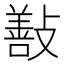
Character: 㪨